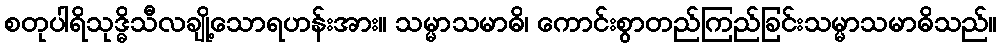
စတုပါရိသုဒ္ဓိသီလချို့သောရဟန်းအား။ သမ္မာသမာဓိ၊ ကောင်းစွာတည်ကြည်ခြင်းသမ္မာသမာဓိသည်။